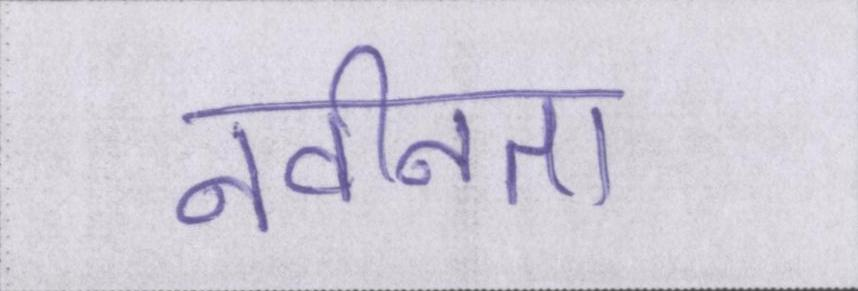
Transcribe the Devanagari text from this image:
नवीनता